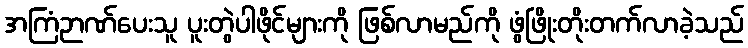
အကြံဉာဏ်ပေးသူ ပူးတွဲပါဖိုင်များကို ဖြစ်လာမည်ကို ဖွံဖြိုးတိုးတက်လာခဲ့သည်